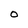
Character: 0